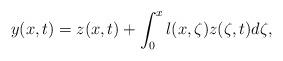
LaTeX: \begin{align*}y(x,t)=z(x,t)+\int_0^xl(x,\zeta)z(\zeta,t)d\zeta,\end{align*}